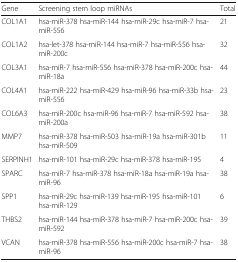
| Gene | Screening stem loop miRNAs | Total |
 | --- | --- | --- |
 | COL1A1 | hsa-miR-378 hsa-miR-144 hsa-miR-29c hsa-miR-7 hsa-miR-556 | 21 |
 | COL1A2 | hsa-let-378 hsa-miR-144 hsa-miR-7 hsa-miR-556 hsa-miR-200c | 32 |
 | COL3A1 | hsa-miR-7 hsa-miR-556 hsa-miR-378 hsa-miR-200c hsa-miR-18a | 44 |
 | COL4A1 | hsa-miR-222 hsa-miR-429 hsa-miR-96 hsa-miR-33b hsa-miR-556 | 23 |
 | COL6A3 | hsa-miR-200c hsa-miR-96 hsa-miR-7 hsa-miR-592 hsa-miR-200a | 38 |
 | MMP7 | hsa-miR-378 hsa-miR-503 hsa-miR-19a hsa-miR-301b hsa-miR-509 | 11 |
 | SERPINH1 | hsa-miR-101 hsa-miR-29c hsa-miR-378 hsa-miR-195 | 4 |
 | SPARC | hsa-miR-7 hsa-miR-378 hsa-miR-18a hsa-miR-19a hsa-miR-96 | 38 |
 | SPP1 | hsa-miR-29c hsa-miR-139 hsa-miR-195 hsa-miR-101 hsa-miR-129 | 6 |
 | THBS2 | hsa-miR-144 hsa-miR-378 hsa-miR-7 hsa-miR-200c hsa-miR-592 | 39 |
 | VCAN | hsa-miR-378 hsa-miR-556 hsa-miR-200c hsa-miR-7 hsa-miR-96 | 38 |